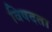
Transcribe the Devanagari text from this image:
विषदता